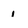
Character: 1